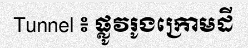
Tunnel ៖ ផ្លូវរូងក្រោមដី